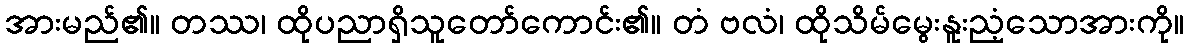
အားမည်၏။ တဿ၊ ထိုပညာရှိသူတော်ကောင်း၏။ တံ ဗလံ၊ ထိုသိမ်မွေးနူးညံ့သောအားကို။